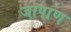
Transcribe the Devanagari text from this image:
जापाण